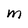
Character: M